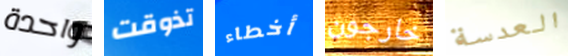
واحدة تذوقت أخطاء خارجون العدسة